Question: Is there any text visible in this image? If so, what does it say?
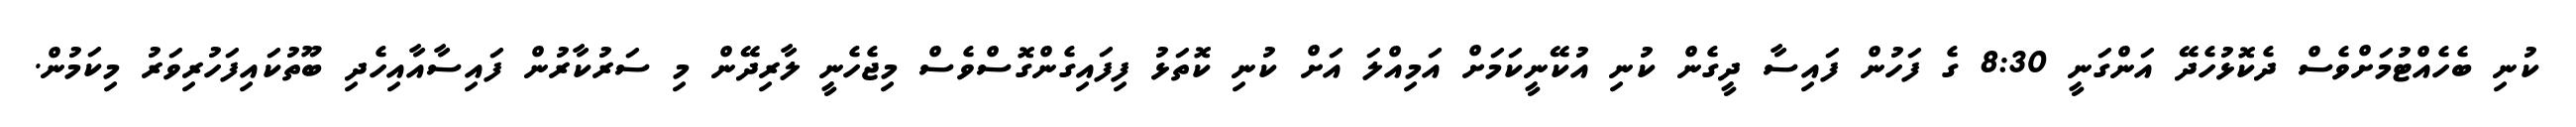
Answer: ކުނި ބެހެއްޓުމަށްވެސް ދެކޮޅުހެދޭ އަންގަނީ 8:30 ގެ ފަހުން ފައިސާ ދީގެން ކުނި އުކޭނީކަމަށް އަމިއްލަ އަށް ކުނި ކޮތަޅު ފިފައިގެންގޮސްވެސް މިޖެހެނީ ލާރިދޭން މި ސަރުކާރުން ފައިސާއާއިހެދި ބޫތުކައިފަހުރިވަރު މިކަމުން.